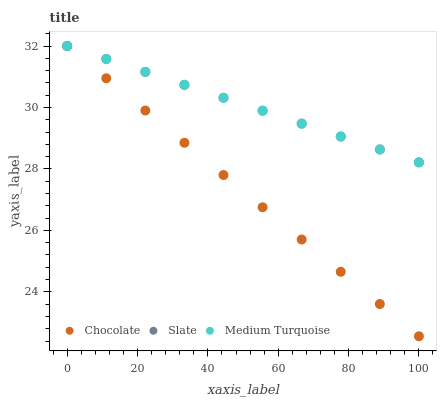
| xaxis_label | Chocolate | Slate | Medium Turquoise |
 | --- | --- | --- | --- |
 | 0 | 32 | 32 | 32 |
 | 11.1 | 31 | 31.6 | 31.6 |
 | 22.2 | 29.9 | 31.2 | 31.2 |
 | 33.3 | 28.9 | 30.7 | 30.7 |
 | 44.4 | 27.8 | 30.3 | 30.3 |
 | 55.6 | 26.8 | 29.9 | 29.9 |
 | 66.7 | 25.7 | 29.5 | 29.5 |
 | 77.8 | 24.7 | 29.1 | 29.1 |
 | 88.9 | 23.6 | 28.6 | 28.6 |
 | 100 | 22.6 | 28.2 | 28.2 |